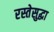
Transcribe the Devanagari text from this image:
रस्तेसुद्धा